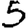
Digit: 5